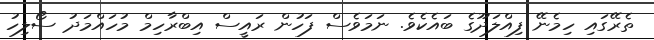
ތެރޭގައި ހިމެނޭ ފިއްލަދޫގެ ބައެކެވެ. ނަމަވެސް ފަހުން ރައީސް އިބްރާހިމް މުހައްމަދު ސޯލިހު